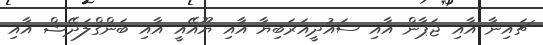
ޗައިނާ އާއި ޖަޕާން އާއި ސައުދީއަރަބިޔާ އާއި ޔޫއޭއީ އާއި ބަންގްލަދޭޝް އާއި